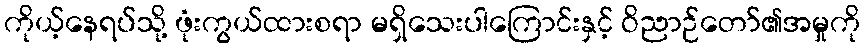
ကိုယ့်နေရပ်သို့ ဖုံးကွယ်ထားစရာ မရှိသေးပါကြောင်းနှင့် ဝိညာဉ်တော်၏အမှုကို